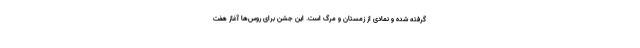
گرفته شده و نمادی از زمستان و مرگ است. این جشن برای روس‌ها آغاز هفت